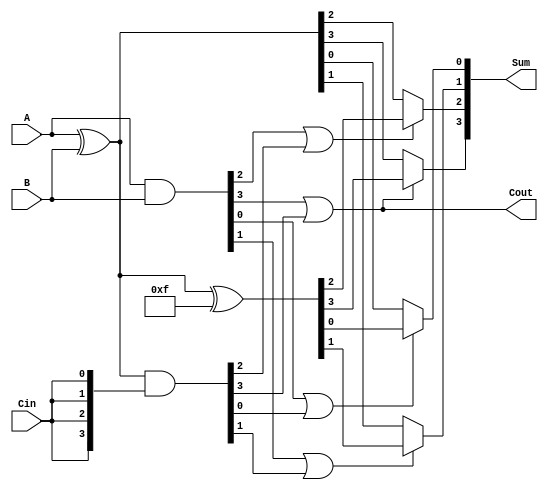
module ConditionalSumAdder #(parameter n = 4) (
    input  [n-1:0] A,       // First n-bit input
    input  [n-1:0] B,       // Second n-bit input
    input         Cin,       // Carry-in
    output [n-1:0] Sum,      // n-bit sum output
    output        Cout       // Carry-out
);

    wire [n-1:0] S0;        // Partial sum assuming carry-in = 0
    wire [n-1:0] S1;        // Partial sum assuming carry-in = 1
    wire [n-1:0] C0;        // Carry generated when both bits are 1
    wire [n-1:0] C1;        // Carry generated from the sum when Cin is 1
    wire [n-1:0] Sel;       // Selection signals for final sum

    // Calculate partial sums S0 and S1
    assign S0 = A ^ B;           // S0[i] = A[i]  B[i]  0
    assign S1 = S0 ^ {n{1'b1}};  // S1[i] = A[i]  B[i]  1

    // Generate carry signals C0 and C1
    assign C0 = A & B;               // C0[i] = A[i] & B[i]
    assign C1 = S0 & {n{Cin}};       // C1[i] = (A[i]  B[i]) & Cin

    // Determine selection logic for final sum
    genvar i;
    generate
        for (i = 0; i < n; i = i + 1) begin : sum_selection
            assign Sel[i] = C0[i] | C1[i]; // Select S0 or S1 based on carry signals
            assign Sum[i] = Sel[i] ? S1[i] : S0[i]; // Final sum selection
        end
    endgenerate

    // Final carry-out calculation
    assign Cout = C0[n-1] | C1[n-1]; // Cout = C0[n-1] or C1[n-1]

endmodule